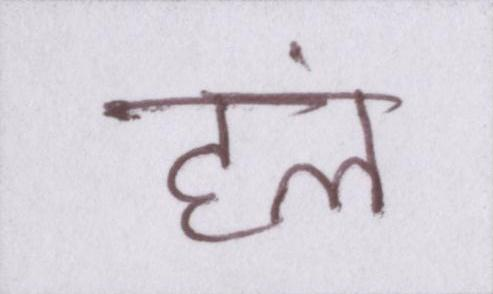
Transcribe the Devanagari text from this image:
हलं